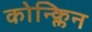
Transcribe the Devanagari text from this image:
कोन्क्लिन